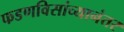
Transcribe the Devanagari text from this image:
फडणविसांच्यानंतर